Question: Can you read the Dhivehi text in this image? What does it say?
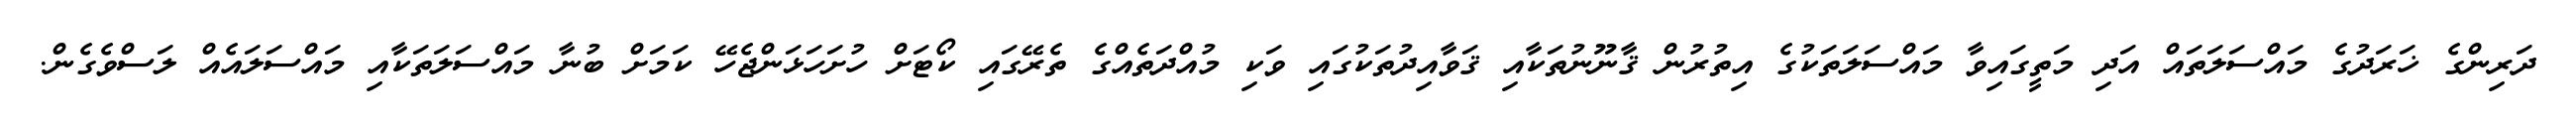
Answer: ދަރިންގެ ޚަރަދުގެ މައްސަލަތައް އަދި މަތީގައިވާ މައްސަލަތަކުގެ އިތުރުން ޤާނޫނުތަކާއި ޤަވާއިދުތަކުގައި ވަކި މުއްދަތެއްގެ ތެރޭގައި ކޯޓަށް ހުށަހަޅަންޖެހޭ ކަމަށް ބުނާ މައްސަލަތަކާއި މައްސަލައެއް ލަސްވެގެން.